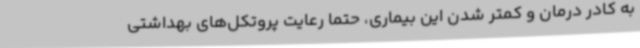
به کادر درمان و کمتر شدن این بیماری، حتما رعایت پروتکل‌های بهداشتی